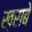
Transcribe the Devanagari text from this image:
ख़राबे